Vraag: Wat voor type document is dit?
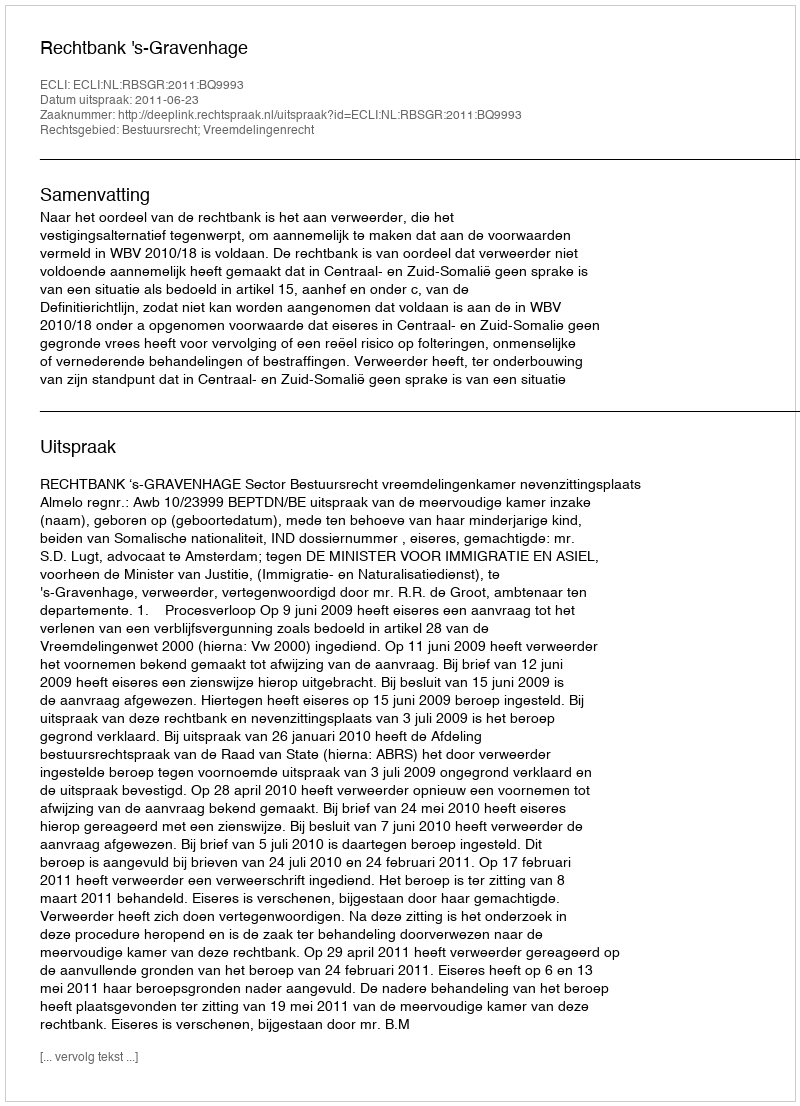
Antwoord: Uitspraak